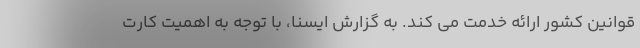
قوانین کشور ارائه خدمت می کند. به گزارش ایسنا، با توجه به اهمیت کارت